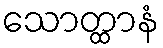
သောတ္ထာနံ